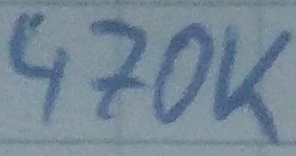
Text: 470K